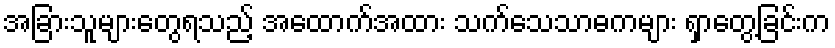
အခြားသူများတွေရသည့် အထောက်အထား သက်သေသာဓကများ ရှာတွေ့ခြင်းက